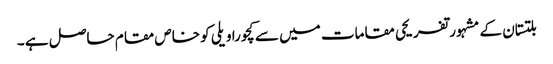
بلتستان کے مشہورتفریحی مقامات میں سے کچورا ویلی کو خاص مقام حاصل ہے ۔